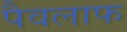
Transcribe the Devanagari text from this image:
पैवलाफ